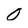
Character: 0